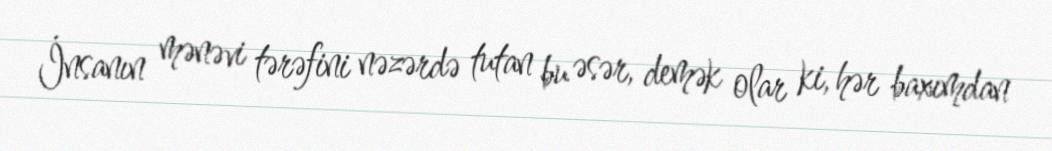
İnsanın mənəvi tərəfini nəzərdə tutan bu əsər, demək olar ki, hər baxımdan